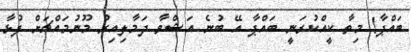
ބައްޕާ! މިތާ ކީއްކުރަނީ ބައްޕާ އޭ ބުނެ އަޝްވާ ދަމާލިއިރު މޫނުމައްޗަށް ފުޅާ